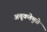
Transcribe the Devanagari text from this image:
अचूकतेमुळे